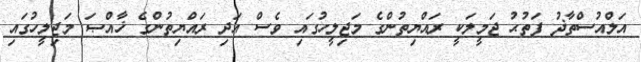
އަލްއުސްތާޛު ފަތުޙު ޖަމީލަކީ ރައްޔިތުންގެ މަޖިލީހުގައި ވެސް އަދި ރައްޔިތުންގެ ޚާއްޞަ މަޖިލީހުގައި